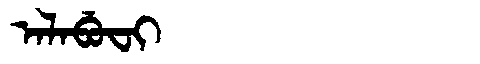
Manchu: ᠠᠯᠠᠪᡠᠸᡳ
Romanization: ALABUFI